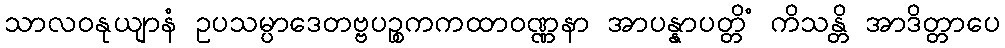
သာလဝနုယျာနံ ဥပသမ္ပာဒေတဗ္ဗပဉ္စကကထာဝဏ္ဏနာ အာပန္နာပတ္တိံ ကိသန္တိ အာဒိတ္တာပေ